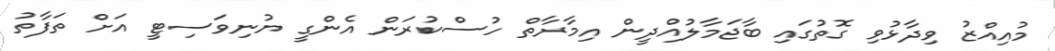
މުއިއްޒު ވިދާޅުވި ގޮތުގައި ބާޖަމާލުއްދީން އިމާރާތް ހުސްކުރަން އެންގީ ޔުނިވަސިޓީ އަށް ތަފާތު